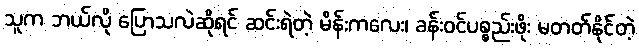
သူက ဘယ်လို ပြောသလဲဆိုရင် ဆင်းရဲတဲ့ မိန်းကလေး၊ ခန်းဝင်ပစ္စည်းဖိုး မတတ်နိုင်တဲ့